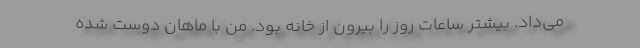
می‌داد. بیشتر ساعات روز را بیرون از خانه بود. من با ماهان دوست شده